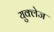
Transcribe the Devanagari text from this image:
युक्लेज